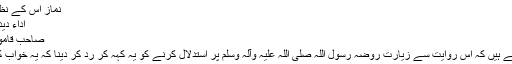
نماز اس کے نظارے کا اک بہانہ بنی
اداء دید سراپا نیاز تھی تیری
صاحب قاموس کا دلچسپ استنباط
صاحب قاموس فرماتے ہیں کہ اس روایت سے زیارت روضہ رسول اللہ صلی اللہ علیہ وآلہ وسلم پر استدلال کرنے کو یہ کہہ کر رد کر دینا کہ یہ خواب کا واقعہ ہے غلط ہے ۔